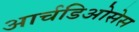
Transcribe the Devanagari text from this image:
आर्चडिओसेस